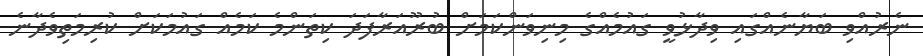
ނެރުއްވި ބަޔާނެއްގައި ވިދާޅުވީ ގައުމެއްގެ މިނިވަންކަމަށް ބުރޫއަރާފަދަ ކިތަންމެ ކަމެއް ގައުމަކަށް ކުރިމަތިވެދާނެ